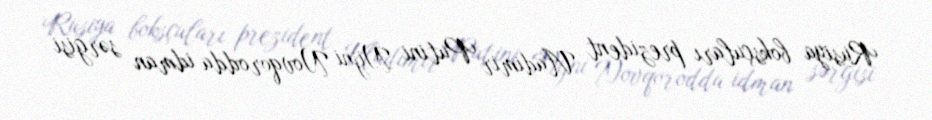
Rusiya boksçuları prezident Vladimir Putini Nijni Novqorodda idman sərgisi